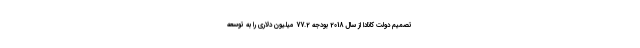
تصمیم دولت کانادا از سال 2018 بودجه 77.2 میلیون دلاری را به توسعه